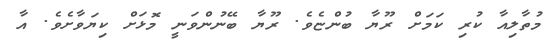
މުތާލިއާ ކުރި ކަމަށް ރޫޔާ ބުންޏެވެ. ރޫޔާ ބޭނުންވަނީ މޮޅަށް ކިޔަވާށެވެ. އާ